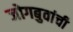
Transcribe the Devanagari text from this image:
जोगबुवांची